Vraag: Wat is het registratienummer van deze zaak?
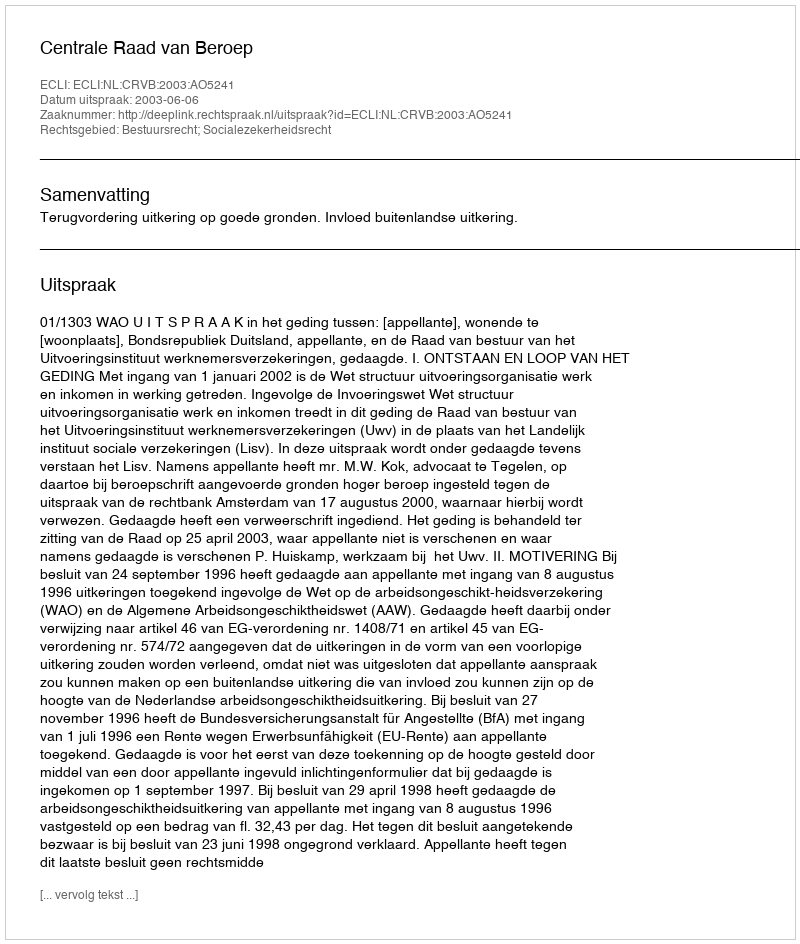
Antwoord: http://deeplink.rechtspraak.nl/uitspraak?id=ECLI:NL:CRVB:2003:AO5241